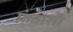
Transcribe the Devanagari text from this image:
फ़ंतासी